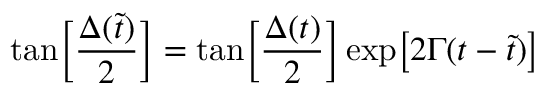
\mathrm { t a n } \Big [ { \frac { \Delta ( \tilde { t } ) } { 2 } } \Big ] = \mathrm { t a n } \Big [ { \frac { \Delta ( t ) } { 2 } } \Big ] \, \mathrm { e x p } \big [ 2 \Gamma ( t - \tilde { t } ) \big ]